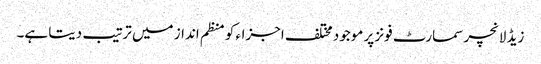
زیڈ لانچر سمارٹ فونز پر موجود مختلف اجزاء کو منظم انداز میں ترتیب دیتا ہے۔